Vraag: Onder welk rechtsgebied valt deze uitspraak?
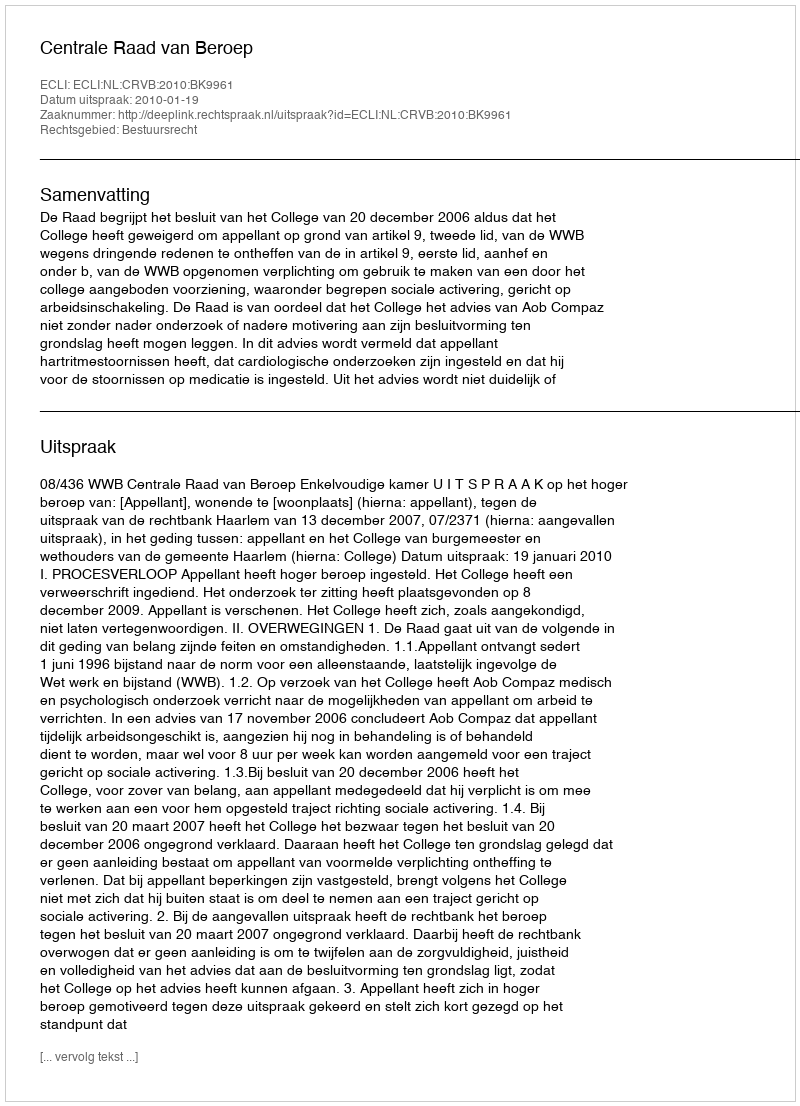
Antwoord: Bestuursrecht